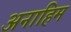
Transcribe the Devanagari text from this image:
अनाहिम